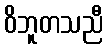
ဝိဘူတသညီ